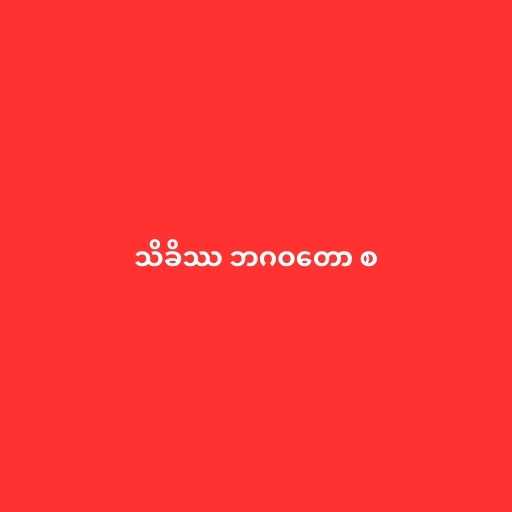
သိခိဿ ဘဂဝတော စ